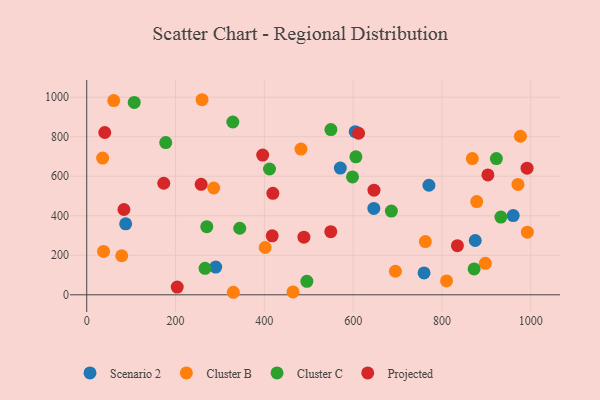
{"axis": {"x": "Speed", "y": "Rating"}, "legend": ["Cluster B", "Cluster C", "Projected", "Scenario 2"], "data": [{"x": "770.7", "y": 554.3, "type": "Scenario 2"}, {"x": "960.5", "y": 400.7, "type": "Scenario 2"}, {"x": "604.7", "y": 825.7, "type": "Scenario 2"}, {"x": "87.7", "y": 359.4, "type": "Scenario 2"}, {"x": "646.6", "y": 437.1, "type": "Scenario 2"}, {"x": "875.0", "y": 274.8, "type": "Scenario 2"}, {"x": "571.1", "y": 641.1, "type": "Scenario 2"}, {"x": "290.5", "y": 140.5, "type": "Scenario 2"}, {"x": "759.7", "y": 110.7, "type": "Scenario 2"}, {"x": "992.4", "y": 316.7, "type": "Cluster B"}, {"x": "868.4", "y": 689.3, "type": "Cluster B"}, {"x": "37.9", "y": 219.3, "type": "Cluster B"}, {"x": "330.2", "y": 12.8, "type": "Cluster B"}, {"x": "762.6", "y": 269.6, "type": "Cluster B"}, {"x": "971.2", "y": 558.4, "type": "Cluster B"}, {"x": "464.5", "y": 14.7, "type": "Cluster B"}, {"x": "810.4", "y": 70.2, "type": "Cluster B"}, {"x": "286.0", "y": 540.4, "type": "Cluster B"}, {"x": "259.7", "y": 987.2, "type": "Cluster B"}, {"x": "878.3", "y": 471.9, "type": "Cluster B"}, {"x": "897.7", "y": 159.5, "type": "Cluster B"}, {"x": "401.9", "y": 239.4, "type": "Cluster B"}, {"x": "60.8", "y": 983.0, "type": "Cluster B"}, {"x": "976.7", "y": 802.4, "type": "Cluster B"}, {"x": "35.8", "y": 691.7, "type": "Cluster B"}, {"x": "482.5", "y": 737.3, "type": "Cluster B"}, {"x": "695.2", "y": 119.1, "type": "Cluster B"}, {"x": "78.8", "y": 197.7, "type": "Cluster B"}, {"x": "107.0", "y": 973.5, "type": "Cluster C"}, {"x": "598.6", "y": 596.5, "type": "Cluster C"}, {"x": "922.6", "y": 689.2, "type": "Cluster C"}, {"x": "495.8", "y": 68.3, "type": "Cluster C"}, {"x": "177.9", "y": 770.4, "type": "Cluster C"}, {"x": "549.9", "y": 835.9, "type": "Cluster C"}, {"x": "686.1", "y": 423.8, "type": "Cluster C"}, {"x": "606.2", "y": 698.4, "type": "Cluster C"}, {"x": "270.4", "y": 344.9, "type": "Cluster C"}, {"x": "329.0", "y": 874.4, "type": "Cluster C"}, {"x": "872.5", "y": 130.8, "type": "Cluster C"}, {"x": "932.8", "y": 393.5, "type": "Cluster C"}, {"x": "344.6", "y": 336.9, "type": "Cluster C"}, {"x": "411.7", "y": 636.7, "type": "Cluster C"}, {"x": "266.5", "y": 133.9, "type": "Cluster C"}, {"x": "991.7", "y": 640.7, "type": "Projected"}, {"x": "419.2", "y": 513.3, "type": "Projected"}, {"x": "173.5", "y": 564.5, "type": "Projected"}, {"x": "40.6", "y": 821.3, "type": "Projected"}, {"x": "83.8", "y": 431.6, "type": "Projected"}, {"x": "549.6", "y": 319.4, "type": "Projected"}, {"x": "646.9", "y": 529.5, "type": "Projected"}, {"x": "257.7", "y": 558.9, "type": "Projected"}, {"x": "203.8", "y": 38.9, "type": "Projected"}, {"x": "417.7", "y": 298.4, "type": "Projected"}, {"x": "903.5", "y": 606.5, "type": "Projected"}, {"x": "489.1", "y": 291.7, "type": "Projected"}, {"x": "396.3", "y": 707.2, "type": "Projected"}, {"x": "834.8", "y": 248.4, "type": "Projected"}, {"x": "612.2", "y": 817.6, "type": "Projected"}]}